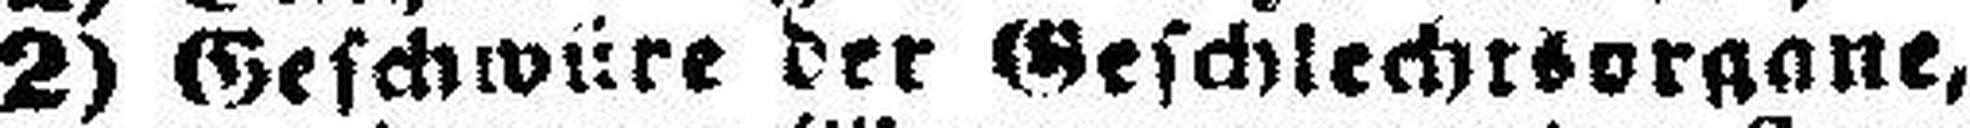
2) Geschwüre der Geschlechtsorgane,